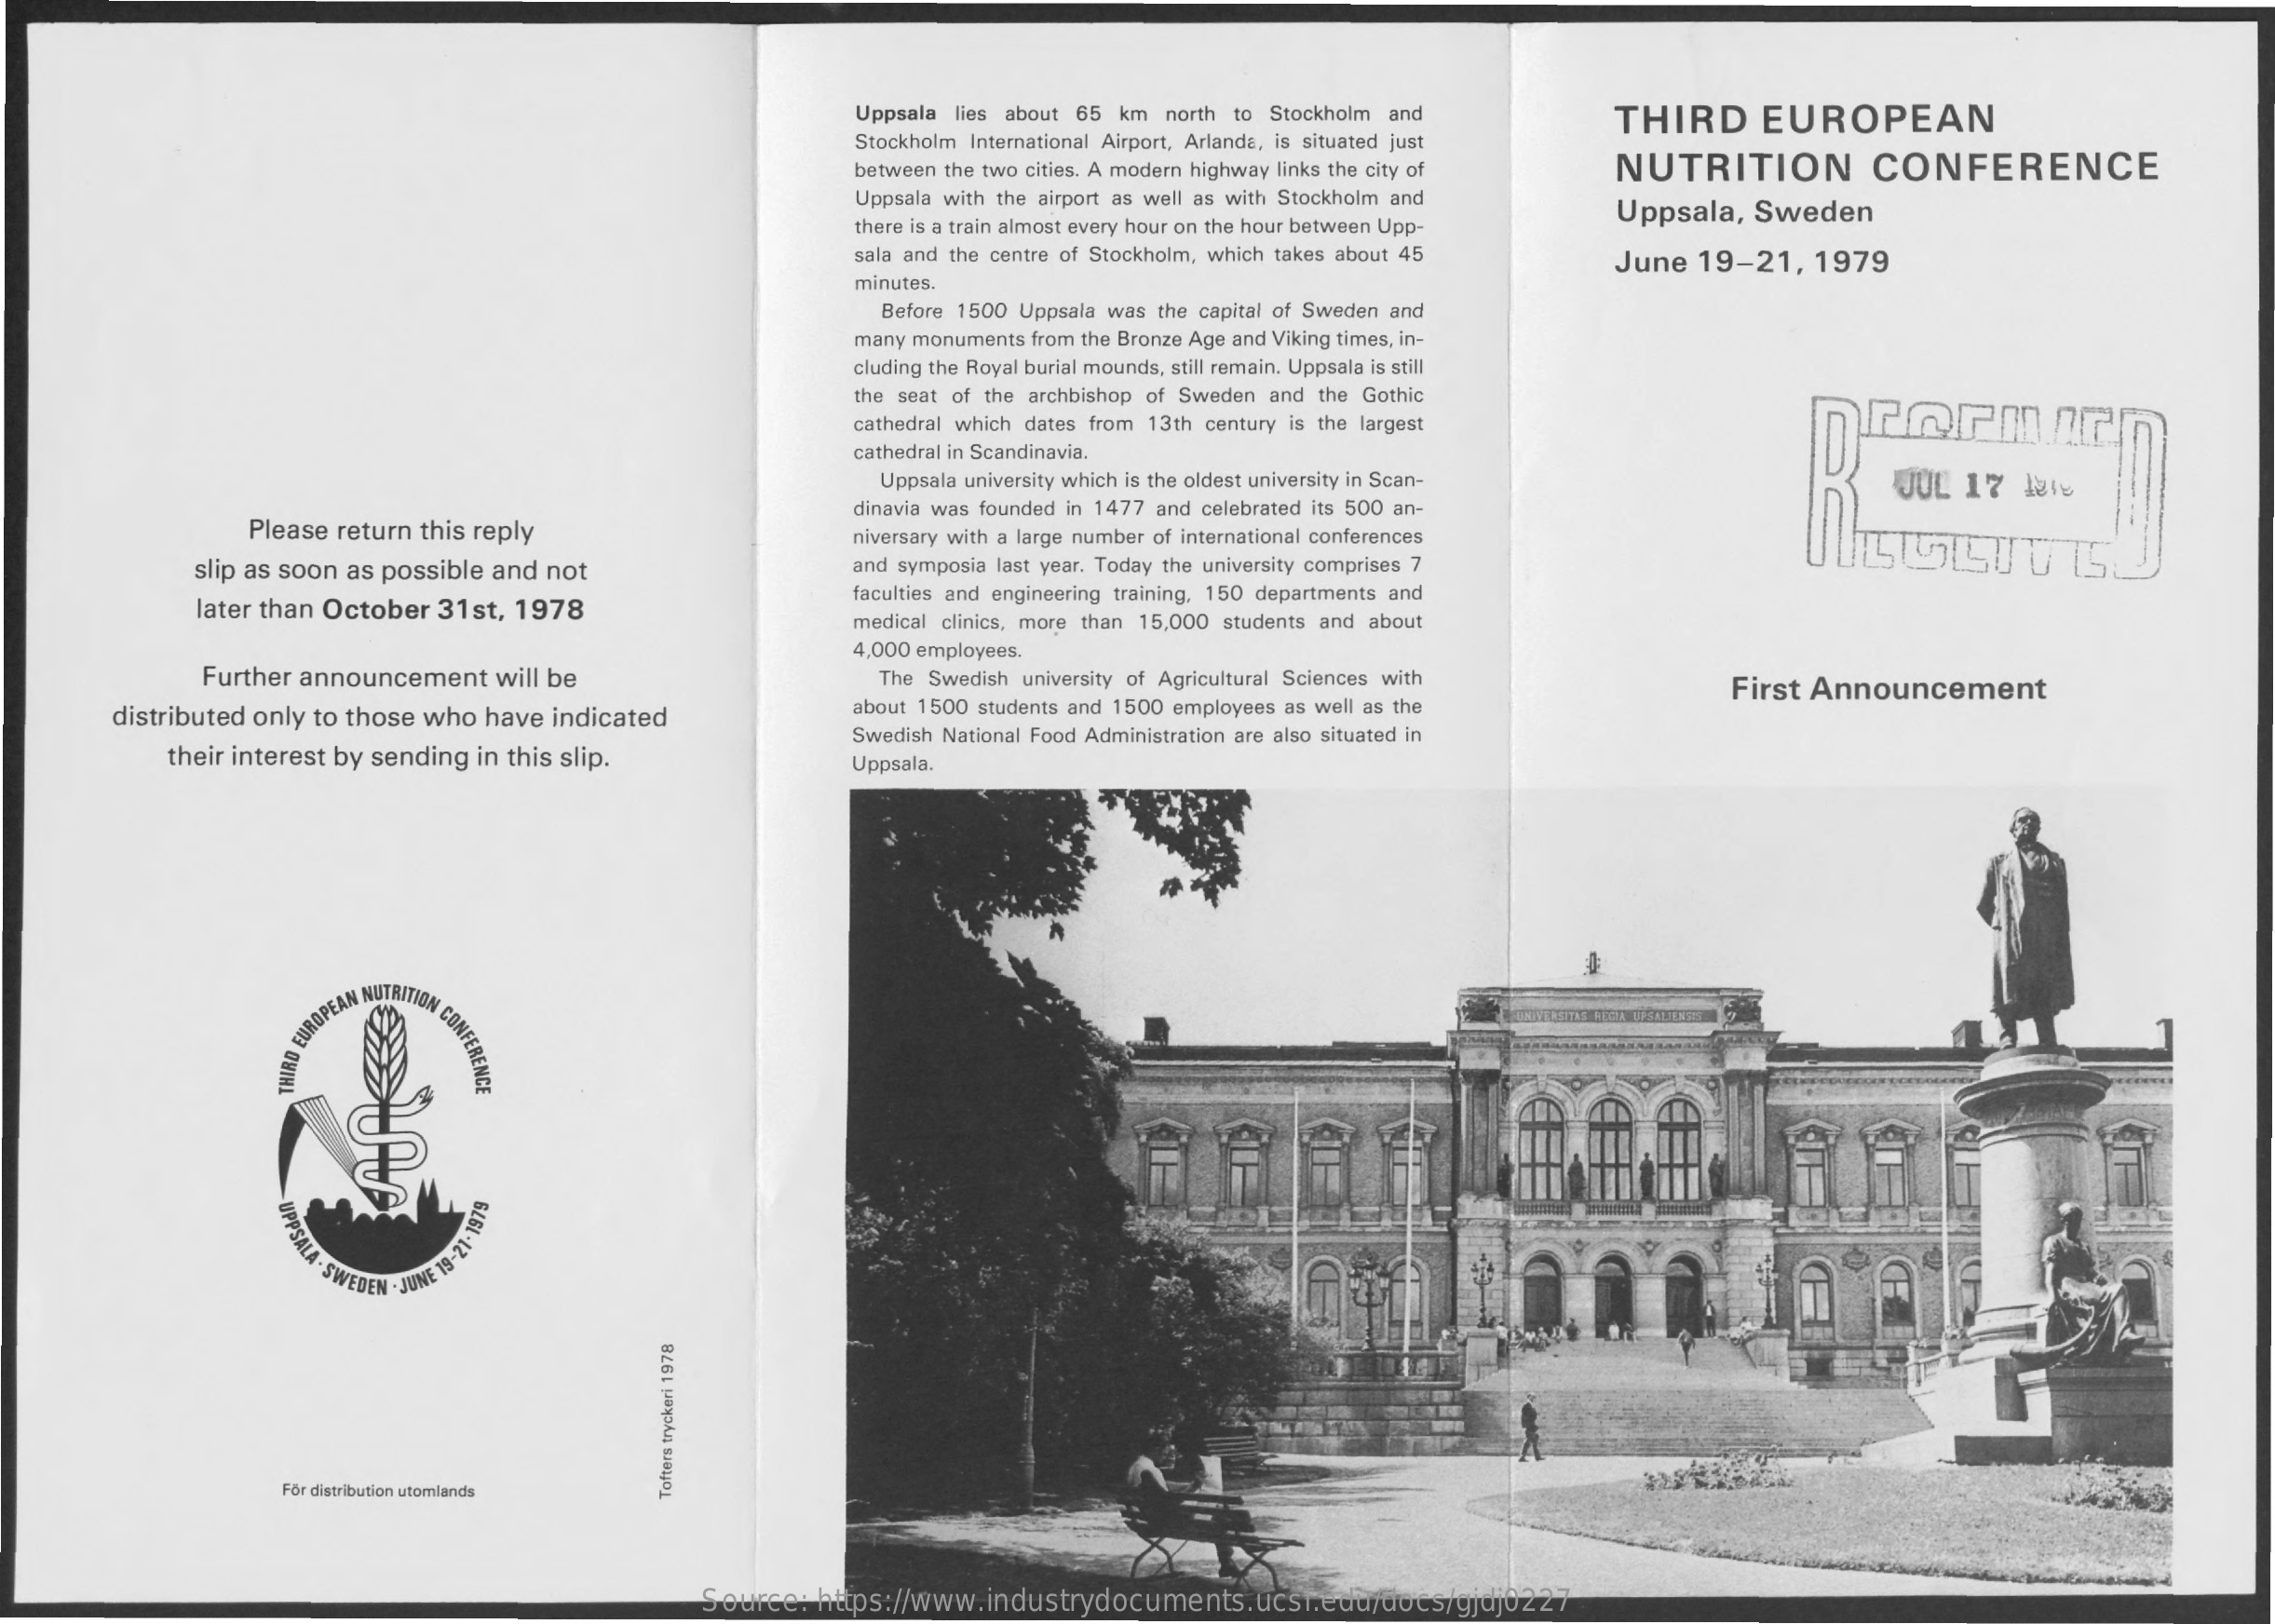
Uppsala lies about 65 km north to Stockholm and THIRD   EUROPEAN
     Stockholm International Airport, Arlanda, is situated just
     between the two cities. A modern highway links the city of NUTRITION CONFERENCE
     Uppsala with the airport as well as with Stockholm and
     there is a train almost every hour on the hour between Upp-
     Uppsala, Sweden
     sala and the centre of Stockholm, which takes about 45 June 19-21, 1979
     minutes.
     Before 1500 Uppsala was the capital of Sweden and
     many monuments from the Bronze Age and Viking times, in-
     cluding the Royal burial mounds, still remain. Uppsala is still
     the seat of the archbishop of Sweden and the Gothic
     cathedral which dates from 13th century is the largest    rormir
     cathedral in Scandinavia.
     Uppsala university which is the oldest university in Scan-    JUL 17 Nie
     Please return this reply
     dinavia was founded in 1477 and celebrated its 500 an-
     niversary with a large number of international conferences
     slip as soon as possible and not    and symposia last year. Today the university comprises 7
     later than October 31st, 1978
     faculties and engineering training, 150 departments and
     medical clinics, more than 15,000 students and about
     Further announcement will be
     4,000 employees.
     The Swedish university of Agricultural Sciences with
     distributed only to those who have indicated  about 1500 students and 1500 employees as well as the
     First Announcement
     their interest by sending in this slip.
     Swedish National Food Administration are also situated in
     Uppsala.
     MIRIS
     EUROPEAN NUTRITION
     CONFÉRENCE
     UPPSALA
     - SWEDEN . JUNE
     19-21-1910
     For distribution utomlands
     Tofters
     tryckeri
     1978
     Source: https://www.industrydocuments.ucsf.edu/docs/gjdj0227